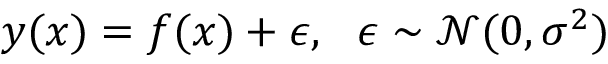
y ( x ) = f ( x ) + \epsilon , \ \ \epsilon \sim { \mathcal { N } } ( 0 , \sigma ^ { 2 } )